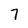
Character: 7